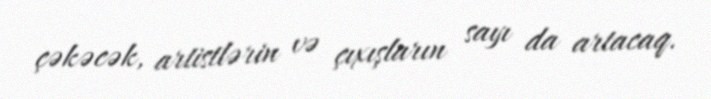
çəkəcək, artistlərin və çıxışların sayı da artacaq.